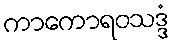
ကာကောရဝသဒ္ဒံ